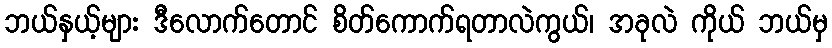
ဘယ်နှယ့်များ ဒီလောက်တောင် စိတ်ကောက်ရတာလဲကွယ်၊ အခုလဲ ကိုယ် ဘယ်မှ